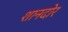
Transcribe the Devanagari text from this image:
शानदोर